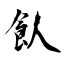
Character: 飤